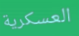
العسكرية